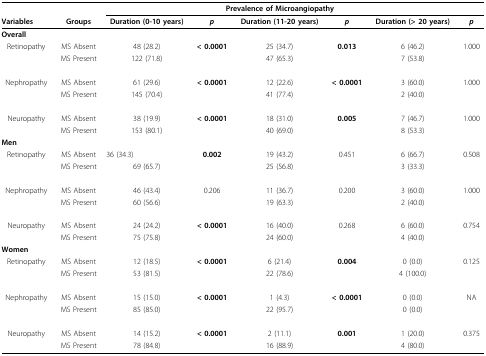
<table><thead><tr><td></td><td></td><td colspan="5"><b>Prevalence of Microangiopathy</b></td><td></td></tr><tr><td><b>Variables</b></td><td><b>Groups</b></td><td><b>Duration (0-10 years)</b></td><td><b><i>p</i></b></td><td><b>Duration (11-20 years)</b></td><td><b><i>p</i></b></td><td><b>Duration (&gt; 20 years)</b></td><td><b><i>p</i></b></td></tr></thead><tbody><tr><td><b>Overall</b></td><td></td><td></td><td></td><td></td><td></td><td></td><td></td></tr><tr><td>Retinopathy</td><td>MS Absent</td><td>48 (28.2)</td><td><b>&lt; 0.0001</b></td><td>25 (34.7)</td><td><b>0.013</b></td><td>6 (46.2)</td><td>1.000</td></tr><tr><td></td><td>MS Present</td><td>122 (71.8)</td><td></td><td>47 (65.3)</td><td></td><td>7 (53.8)</td><td></td></tr><tr><td>Nephropathy</td><td>MS Absent</td><td>61 (29.6)</td><td><b>&lt; 0.0001</b></td><td>12 (22.6)</td><td><b>&lt; 0.0001</b></td><td>3 (60.0)</td><td>1.000</td></tr><tr><td></td><td>MS Present</td><td>145 (70.4)</td><td></td><td>41 (77.4)</td><td></td><td>2 (40.0)</td><td></td></tr><tr><td>Neuropathy</td><td>MS Absent</td><td>38 (19.9)</td><td><b>&lt; 0.0001</b></td><td>18 (31.0)</td><td><b>0.005</b></td><td>7 (46.7)</td><td>1.000</td></tr><tr><td></td><td>MS Present</td><td>153 (80.1)</td><td></td><td>40 (69.0)</td><td></td><td>8 (53.3)</td><td></td></tr><tr><td><b>Men</b></td><td></td><td></td><td></td><td></td><td></td><td></td><td></td></tr><tr><td>Retinopathy</td><td>MS Absent</td><td>36 (34.3)</td><td><b>0.002</b></td><td>19 (43.2)</td><td>0.451</td><td>6 (66.7)</td><td>0.508</td></tr><tr><td></td><td>MS Present</td><td>69 (65.7)</td><td></td><td>25 (56.8)</td><td></td><td>3 (33.3)</td><td></td></tr><tr><td>Nephropathy</td><td>MS Absent</td><td>46 (43.4)</td><td>0.206</td><td>11 (36.7)</td><td>0.200</td><td>3 (60.0)</td><td>1.000</td></tr><tr><td></td><td>MS Present</td><td>60 (56.6)</td><td></td><td>19 (63.3)</td><td></td><td>2 (40.0)</td><td></td></tr><tr><td>Neuropathy</td><td>MS Absent</td><td>24 (24.2)</td><td><b>&lt; 0.0001</b></td><td>16 (40.0)</td><td>0.268</td><td>6 (60.0)</td><td>0.754</td></tr><tr><td></td><td>MS Present</td><td>75 (75.8)</td><td></td><td>24 (60.0)</td><td></td><td>4 (40.0)</td><td></td></tr><tr><td><b>Women</b></td><td></td><td></td><td></td><td></td><td></td><td></td><td></td></tr><tr><td>Retinopathy</td><td>MS Absent</td><td>12 (18.5)</td><td><b>&lt; 0.0001</b></td><td>6 (21.4)</td><td><b>0.004</b></td><td>0 (0.0)</td><td>0.125</td></tr><tr><td></td><td>MS Present</td><td>53 (81.5)</td><td></td><td>22 (78.6)</td><td></td><td>4 (100.0)</td><td></td></tr><tr><td>Nephropathy</td><td>MS Absent</td><td>15 (15.0)</td><td><b>&lt; 0.0001</b></td><td>1 (4.3)</td><td><b>&lt; 0.0001</b></td><td>0 (0.0)</td><td>NA</td></tr><tr><td></td><td>MS Present</td><td>85 (85.0)</td><td></td><td>22 (95.7)</td><td></td><td>0 (0.0)</td><td></td></tr><tr><td>Neuropathy</td><td>MS Absent</td><td>14 (15.2)</td><td><b>&lt; 0.0001</b></td><td>2 (11.1)</td><td><b>0.001</b></td><td>1 (20.0)</td><td>0.375</td></tr><tr><td></td><td>MS Present</td><td>78 (84.8)</td><td></td><td>16 (88.9)</td><td></td><td>4 (80.0)</td><td></td></tr></tbody></table>